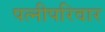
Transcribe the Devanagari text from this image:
पत्नीपरिवार